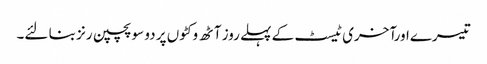
تیسرےاورآخری ٹیسٹ کے پہلے روز آٹھ وکٹوں پر دو سو پچپن رنز بنا لئے۔